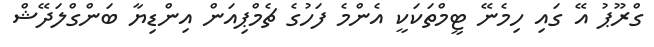
ގްރޫޕު އޭ ގައި ހިމެނޭ ޓީމްތަކަކީ އެންމެ ފަހުގެ ޗެމްޕިއަން އިންޑިޔާ ބަންގްލަދޭޝް